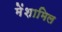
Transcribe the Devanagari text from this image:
मेंशामिल